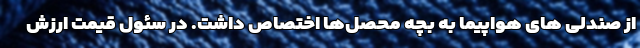
از صندلی های هواپیما به بچه محصل‌ها اختصاص داشت. در سئول قیمت ارزش